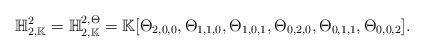
LaTeX: \begin{align*}\mathbb H_{2,\mathbb K}^2=\mathbb H_{2,\mathbb K}^{2,\Theta}=\mathbb K[\Theta_{2,0,0},\Theta_{1,1,0},\Theta_{1,0,1},\Theta_{0,2,0},\Theta_{0,1,1},\Theta_{0,0,2}].\end{align*}